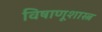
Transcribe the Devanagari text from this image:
विषाणूशास्त्र